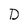
Character: D